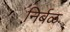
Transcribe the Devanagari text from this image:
निर्बळ